Report on vaccination in Madras 1877-1894 - 1877-1894
Year: 1877
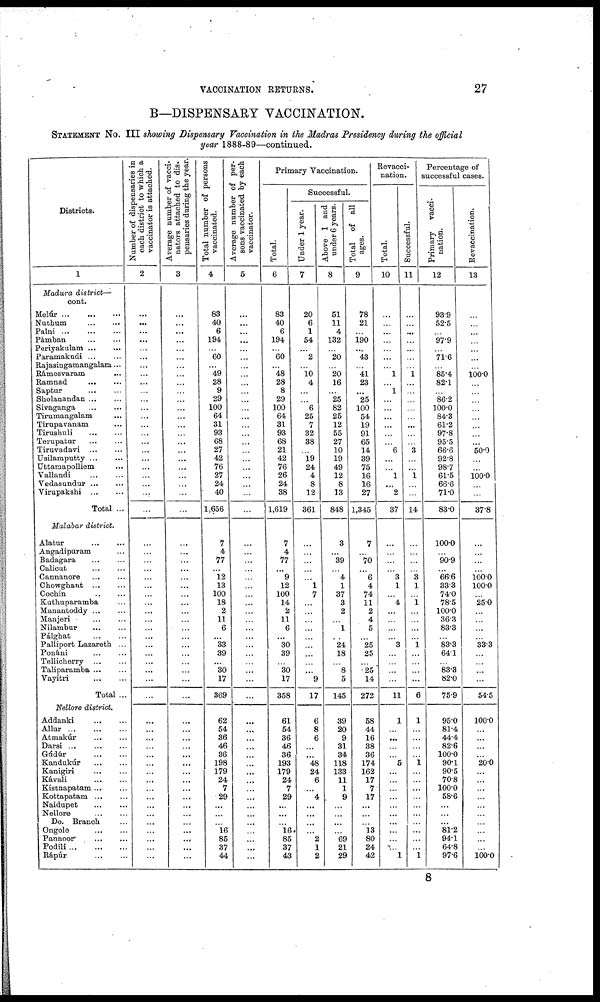
VACCINATION RETURNS.
27
B—DISPENSARY VACCINATION.
STATEMENT No. III showing Dispensary Vaccination in the Madras Presidency during the official
year 1888-89—continued.
Districts.
1
Madura district—
cont.
Melúr...
...
...
Nuthum
...
...
Palni
...
...
Pámban
...
...
Periyakulam ... ...
Paramakudi ... ...
Rajasingamangalam...
Rámesvaram
...
Ramnad
... ...
Saptur
...
...
Sholanandan ... ...
Sivaganga
...
...
Tirumangalam ...
Tirupavanam ...
Tirushuli ... ...
Terupatur
...
...
Tiruvadavi
...
...
Usilamputty...
...
Uttamapolliem ...
Vallandi
...
...
Vedasundur ... ...
Virupakshi
...
...
Total ...
Malabar district.
Alatur
...
...
Angadipuram ...
Badagara
...
...
Calicut ... ...
Cannanore ... ...
Chowghaut
...
...
Cochin
...
...
Kuthuparamba ...
Manantoddy...
...
Manjeri
...
...
Nilambur
...
...
Pálghat
... ...
Palliport Lazareth ...
Ponáni ... ...
Tellicherry
...
...
Taliparamba ... ...
Vayitri
...
...
Total ...
Nellore district.
Addanki
...
...
Allur
...
...
...
Atmakúr
...
...
Darsi
...
...
...
Gúdúr
...
...
Kandukúr
...
...
Kanigiri
...
...
Kávali
...
...
Kistnapatam ... ...
Kottapatam ... ...
Naidupet
...
...
Nellore
...
...
Do. Branch ...
Ongole
...
...
Pannoor ... ...
Podili...
...
...
Rápúr
...
...
Number of dispensaries in
each district to which a
vaccinator is attached.
2
...
...
...
...
...
...
...
...
...
...
...
...
...
...
...
...
...
...
...
...
...
...
...
...
...
...
...
...
...
...
...
...
...
...
...
...
...
...
...
...
...
...
...
...
...
...
...
...
...
...
...
...
...
...
...
...
...
...
Average number of vacci-
nators attached to dis¬
pensaries during the year.
3
...
...
...
...
...
...
...
...
...
...
...
...
...
...
...
...
...
...
...
...
...
...
...
...
...
...
...
...
...
...
...
...
...
...
... ...
...
...
...
...
...
...
...
...
...
...
...
...
...
...
...
...
...
...
...
...
...
...
Total number of persons
vaccinated.
4
83
40
6
194
...
60
...
49
28
9
29
100
64
31
93
68
27
42
76
27
24
40
1,656
7
4
77
...
12
13
100
18
2
11
6
... 33
39
...
30
17
369
62
54
36
46
36
198
179
24
7
29
...
...
...
16
85
37
44
Average number of per-
sons vaccinated by each
vaccinator.
5
...
...
...
...
...
...
...
...
...
...
...
...
...
...
...
...
...
...
...
...
...
...
...
...
...
...
...
...
...
...
...
...
...
...
...
...
...
...
...
...
...
...
...
...
...
...
...
...
...
...
...
...
...
...
...
...
...
...
Primary Vaccination.
Total.
6
83
40
6
194
...
60
...
48
28
8
29
100
64
31
93
68
21
42
76
26
24
38
1,619
7
4
77
...
9
12
100
14
2
11
6
...
30
39
...
30
17
358
61
54
36
46
36
193
179
24
7
29
...
...
...
16
85
37
43
Successful.
Under 1 year.
7
20
6
1
54
...
2
...
10 4
...
...
6
25
7
32
38
...
19
24
4
8
12
361
...
...
...
...
...
1
7
...
...
...
...
...
...
...
...
...
9
17
6
8
6
...
...
48
24
6
...
4
...
...
...
...
2
1
2
Above 1 and
under 6 years.
8
51
11
4
132
...
20
...
20
16
...
25
82
25
12
55
27
10
19
49
12
8
13
848
3
...
39
...
4
1
37
3
2
...
1
...
24
18
...
8
5
145
39
20
9
31
34
118
133
11
1
9
...
...
...
...
69
21
29
Total of all
ages.
9
78
21
...
190
...
43
...
41
23
...
25
100
54
19
91
65
14
39
75
16
16
27
1,345
7
...
70
...
6
4
74
11
2
4
5
... 25
25
...
25
14
272
58
44
16
38
36
174
162
17
7
17
...
...
...
13
80
24
42
Revacci¬
nation.
Total.
10
...
...
...
...
...
...
...
1
...
1
...
...
...
...
...
...
6
...
...
1
...
2
37
...
...
...
...
3
1
...
4
...
...
...
... 3
...
...
...
...
11
1
...
...
...
...
5
...
...
...
...
...
...
...
...
...
...
1
Successful.
11
...
...
...
...
...
...
...
1
...
...
...
...
...
...
...
...
3
...
...
1
...
...
14
...
...
...
...
3
1
...
1
...
...
...
...
1
...
...
...
...
6
1
...
...
...
...
1
...
...
...
...
...
...
...
...
...
...
1
Percentage of
successful cases.
Primary vacci-
nation.
12
93.9
52.5
...
97.9
...
71.6
...
85.4
82.1
...
86.2
100.0
84.3
61.2
97.8
95.5
66.6
92.8
98.7
61.5
66.6
71.0
83.0
100.0
...
90.9
...
66.6
33.3
74.0
78.5
100.0
36.3
83.3
...
83.3
64.1
...
83.3
82.0
75.9
95.0
81.4
44.4
82.6
100.0
90.1
90.5
70.8
100.0
58.6
...
...
...
81.2
94.1
64.8
97.6
Revaccination.
13
...
...
...
...
...
...
...
100.0
...
...
...
...
...
...
...
...
50.0
...
...
100.0
...
...
37.8
...
...
...
...
100.0
100.0
...
25.0
...
...
...
...
33.3
...
...
...
...
54.5
100.0
...
...
...
...
20.0
...
...
...
...
...
...
...
...
...
...
100.0
8